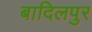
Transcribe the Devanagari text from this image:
बादिलपुर